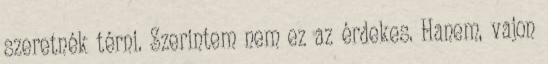
szeretnék térni. Szerintem nem ez az érdekes. Hanem, vajon